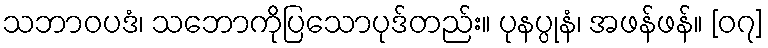
သဘာဝပဒံ၊ သဘောကိုပြသောပုဒ်တည်း။ ပုနပ္ပုနံ၊ အဖန်ဖန်။ [၀၇]